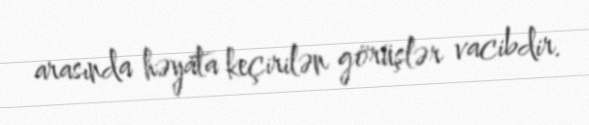
arasında həyata keçirilən görüşlər vacibdir.